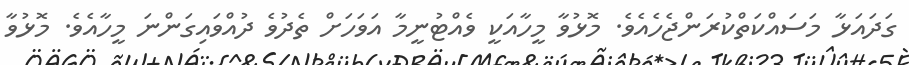
ގަދައަޅާ މަސައްކަތްކުރަންޖެހެއެވެ. މޮޅުވާ މީހާއަކީ ވެއްޓުނީމާ އަވަހަށް ތެދުވެ ދުއްވައިގަންނަ މީހާއެވެ. މޮޅުވާ